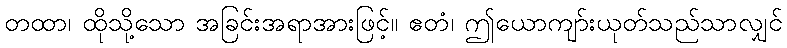
တထာ၊ ထိုသို့သော အခြင်းအရာအားဖြင့်။ ဧတံ၊ ဤယောကျာ်းယုတ်သည်သာလျှင်